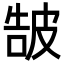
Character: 𤿩